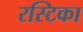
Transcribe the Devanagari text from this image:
रस्टिका